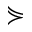
\curlyeqsucc